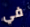
في